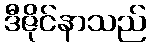
ဒီဇိုင်နာသည်